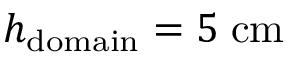
h _ { \mathrm { d o m a i n } } = 5 \; \mathrm { c m }